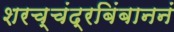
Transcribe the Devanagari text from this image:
शरच्चंद्रबिंबाननं